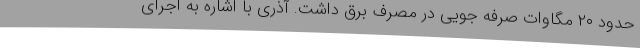
حدود ۲۰ مگاوات صرفه جویی در مصرف برق داشت. آذری با اشاره به اجرای